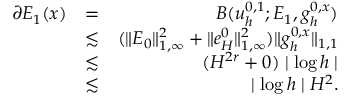
\begin{array} { r l r } { \partial E _ { 1 } ( \boldsymbol { x } ) } & { = } & { B ( u _ { h } ^ { 0 , 1 } ; E _ { 1 } , g _ { h } ^ { 0 , \boldsymbol { x } } ) } \\ & { \lesssim } & { ( \| E _ { 0 } \| _ { 1 , \infty } ^ { 2 } + \| e _ { H } ^ { 0 } \| _ { 1 , \infty } ^ { 2 } ) \| g _ { h } ^ { 0 , \boldsymbol { x } } \| _ { 1 , 1 } } \\ & { \lesssim } & { ( H ^ { 2 r } + 0 ) \mid \log h \mid } \\ & { \lesssim } & { \mid \log h \mid H ^ { 2 } . } \end{array}